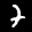
Label: 7